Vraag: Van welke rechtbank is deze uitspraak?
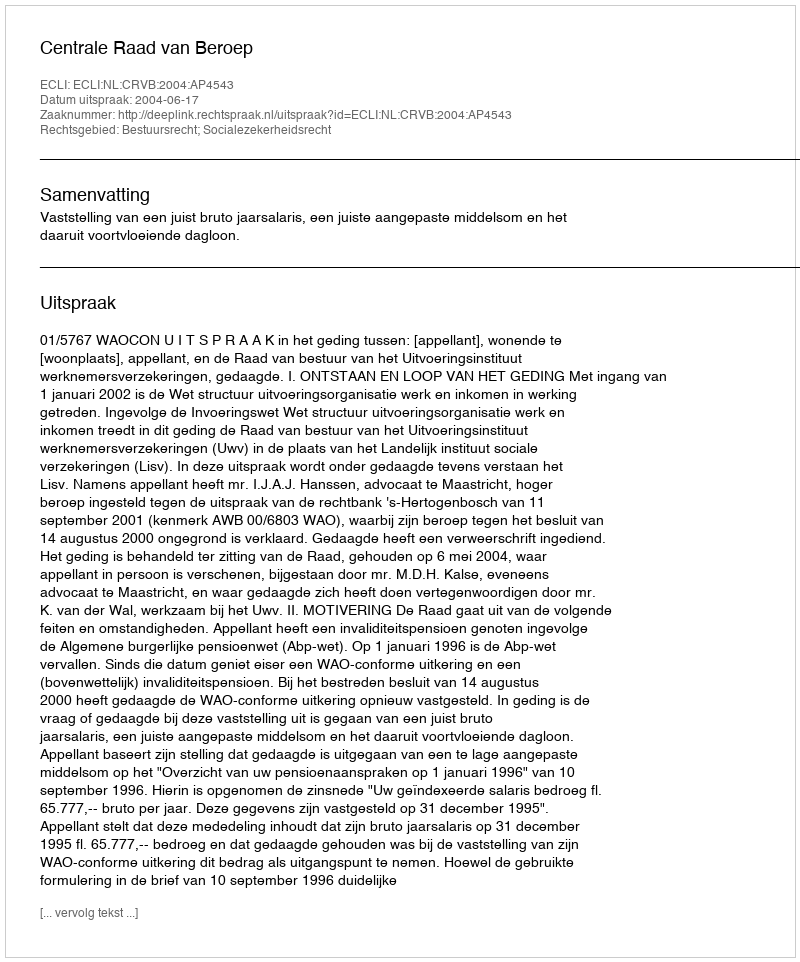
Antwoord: Centrale Raad van Beroep